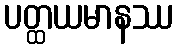
ပတ္ထယမာနဿ